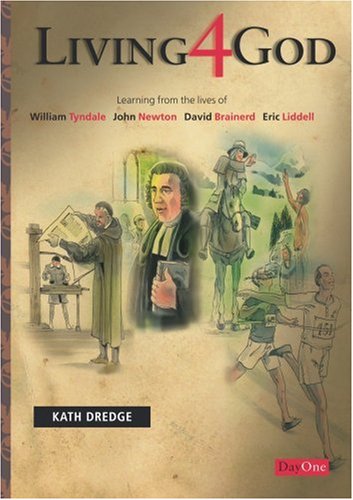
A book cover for Living 4 God: Learning from the lives of William Tyndale, John Newton David Brainerd, Eric Liddell; Kath Dredge; Teen & Young Adult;